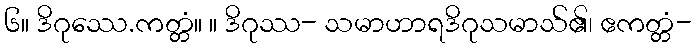
၆။ ဒိဂုဿေ.ကတ္တံ။ ။ ဒိဂုဿ- သမာဟာရဒိဂုသမာသ်၏၊ ဧကတ္တံ-